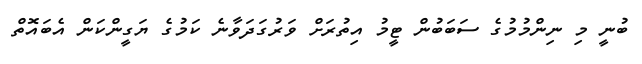
ބުނީ މި ނިންމުމުގެ ސަބަބުން ޓީމު އިތުރަށް ވަރުގަދަވާނެ ކަމުގެ ޔަގީންކަން އެބައޮތް